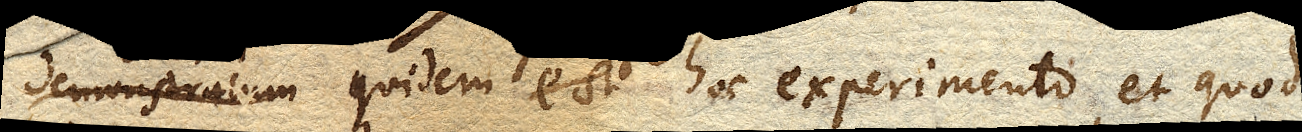
Demonstratum quidem est hoc experimento, et quod